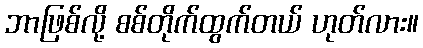
ဘာဖြစ်လို့ စစ်တိုက်ထွက်တယ် ဟုတ်လား။